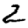
Digit: 2